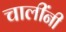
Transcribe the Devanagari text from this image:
चालींनी